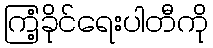
ကြံ့ခိုင်ရေးပါတီကို